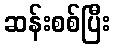
ဆန်းစစ်ပြီး